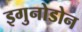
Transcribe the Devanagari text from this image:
इगुनोडोन